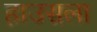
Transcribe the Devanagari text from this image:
हाउसला